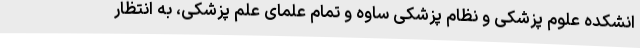
انشکده علوم پزشکی و نظام پزشکی ساوه و تمام علمای علم پزشکی، به انتظار